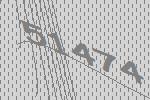
51474